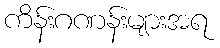
ကိန်းဂဏန်းများအရ